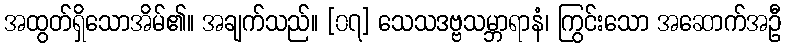
အထွတ်ရှိသောအိမ်၏။ အချက်သည်။ [၀၇] သေသဒဗ္ဗသမ္ဘာရာနံ၊ ကြွင်းသော အဆောက်အဦ